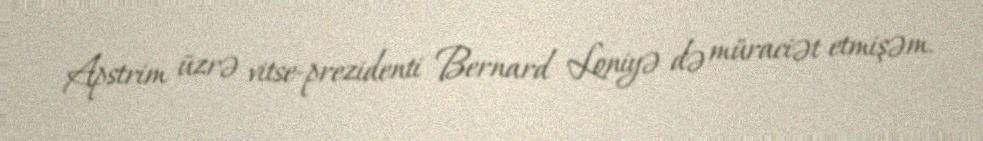
Apstrim üzrə vitse-prezidenti Bernard Loniyə də müraciət etmişəm.